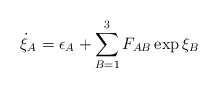
\begin{align*}\dot{\xi}_{A} = \epsilon_{A} + \sum_{B=1}^{3} F_{AB} \exp \xi_{B}\end{align*}